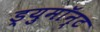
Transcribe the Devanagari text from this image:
ड्युमाॅन्ट